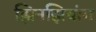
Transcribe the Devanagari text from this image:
झिनझियांग